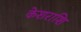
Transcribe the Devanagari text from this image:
केशराशि